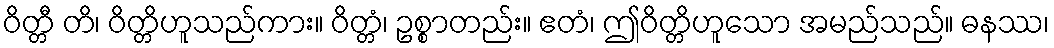
ဝိတ္တီ တိ၊ ဝိတ္တိဟူသည်ကား။ ဝိတ္တံ၊ ဥစ္စာတည်း။ ဧတံ၊ ဤဝိတ္တိဟူသော အမည်သည်။ ဓနဿ၊